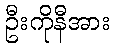
ဦးကိုနီအား